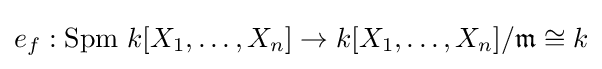
e_{f}:\mathrm {Spm} \ k[X_{1},\dots ,X_{n}]\to k[X_{1},\dots ,X_{n}]/{\mathfrak {m}}\cong k